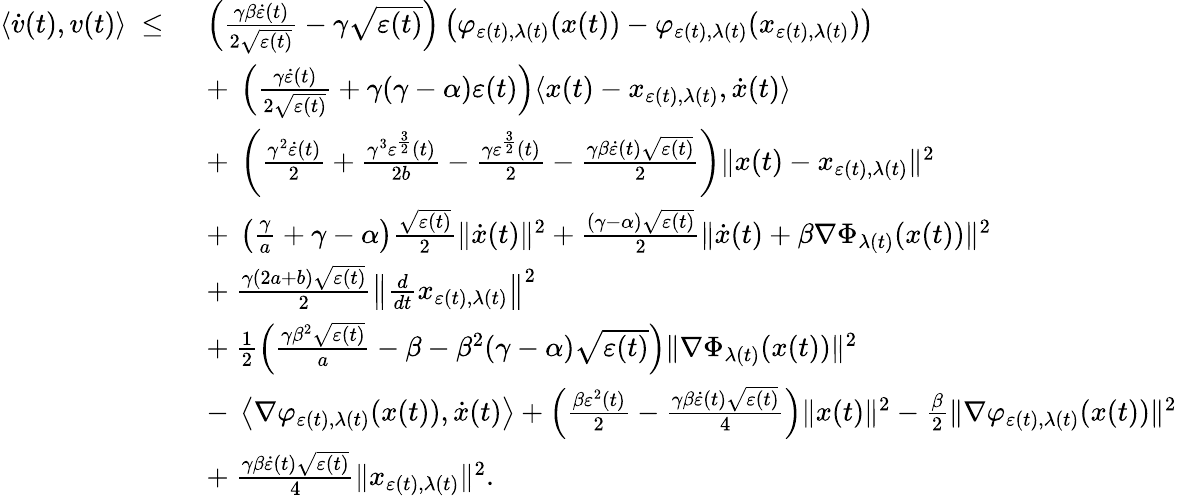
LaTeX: \begin{array}{rl}{\langle\dot{v}(t),v(t)\rangle\ \leq\ }&{\left(\frac{\gamma\beta\dot{\varepsilon}(t)}{2\sqrt{\varepsilon(t)}}-\gamma\sqrt{\varepsilon(t)}\right)\left(\varphi_{\varepsilon(t),\lambda(t)}(x(t))-\varphi_{\varepsilon(t),\lambda(t)}(x_{\varepsilon(t),\lambda(t)})\right)}\\ &{+\ \left(\frac{\gamma\dot{\varepsilon}(t)}{2\sqrt{\varepsilon(t)}}+\gamma(\gamma-\alpha)\varepsilon(t)\right)\langle x(t)-x_{\varepsilon(t),\lambda(t)},\dot{x}(t)\rangle}\\ &{+\ \left(\frac{\gamma^{2}\dot{\varepsilon}(t)}{2}+\frac{\gamma^{3}\varepsilon^{\frac{3}{2}}(t)}{2b}-\frac{\gamma\varepsilon^{\frac{3}{2}}(t)}{2}-\frac{\gamma\beta\dot{\varepsilon}(t)\sqrt{\varepsilon(t)}}{2}\right)\| x(t)-x_{\varepsilon(t),\lambda(t)}\| ^{2}}\\ &{+\ \left(\frac{\gamma}{a}+\gamma-\alpha\right)\frac{\sqrt{\varepsilon(t)}}{2}\| \dot{x}(t)\| ^{2}+\frac{(\gamma-\alpha)\sqrt{\varepsilon(t)}}{2}\| \dot{x}(t)+\beta\nabla\Phi_{\lambda(t)}(x(t))\| ^{2}}\\ &{+\ \frac{\gamma(2a+b)\sqrt{\varepsilon(t)}}{2}\left\| \frac{d}{dt}x_{\varepsilon(t),\lambda(t)}\right\| ^{2}}\\ &{+\ \frac{1}{2}\left(\frac{\gamma\beta^{2}\sqrt{\varepsilon(t)}}{a}-\beta-\beta^{2}(\gamma-\alpha)\sqrt{\varepsilon(t)}\right)\| \nabla\Phi_{\lambda(t)}(x(t))\| ^{2}}\\ &{-\ \left\langle\nabla\varphi_{\varepsilon(t),\lambda(t)}(x(t)),\dot{x}(t)\right\rangle+\left(\frac{\beta\varepsilon^{2}(t)}{2}-\frac{\gamma\beta\dot{\varepsilon}(t)\sqrt{\varepsilon(t)}}{4}\right)\| x(t)\| ^{2}-\frac{\beta}{2}\| \nabla\varphi_{\varepsilon(t),\lambda(t)}(x(t))\| ^{2}}\\ &{+\ \frac{\gamma\beta\dot{\varepsilon}(t)\sqrt{\varepsilon(t)}}{4}\| x_{\varepsilon(t),\lambda(t)}\| ^{2}.}\end{array}